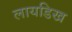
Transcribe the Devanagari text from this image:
लायडिख